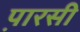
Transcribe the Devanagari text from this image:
प़ारसी